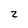
Character: z